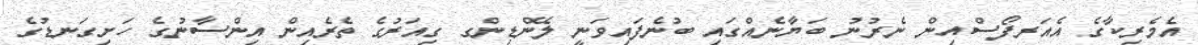
އެމެރިކާގެ އެއަރފޯސްއިން ނެރުނު ބަޔާނެއްގައި ބުނެފައިވަނީ ލޭންޑިންގ ގިއަރުގެ ތެރެއިން އިންސާނުގެ ހަށިގަނޑުގެ